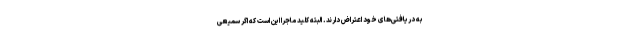
به دریافتی‌های خود اعتراض دارند. البته کلید ماجرا این است که اگر سمیعی